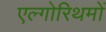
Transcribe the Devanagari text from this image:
एल्गोरिथमों